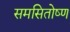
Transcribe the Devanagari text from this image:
समसितोष्ण